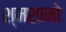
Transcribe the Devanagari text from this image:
श्मशानो